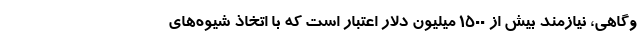
وگاهی، نیازمند بیش از ۱۵۰۰ میلیون دلار اعتبار است که با اتخاذ شیوه‌های